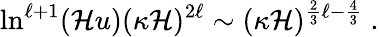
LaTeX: \ln^{\ell+1}(\mathcal{H}u)(\kappa\mathcal{H})^{2\ell}\sim(\kappa\mathcal{H})^{\frac{2}{3}\ell-\frac{4}{3}}\; .